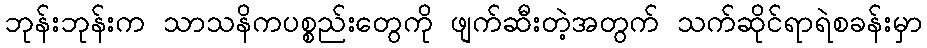
ဘုန်းဘုန်းက သာသနိကပစ္စည်းတွေကို ဖျက်ဆီးတဲ့အတွက် သက်ဆိုင်ရာရဲစခန်းမှာ